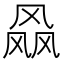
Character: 𱃝